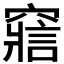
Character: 𥨉